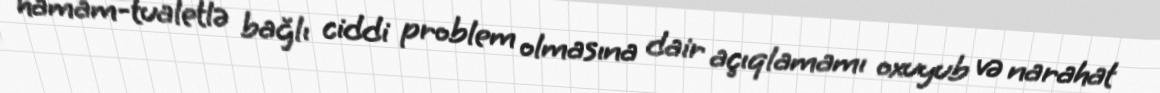
hamam-tualetlə bağlı ciddi problem olmasına dair açıqlamamı oxuyub və narahat